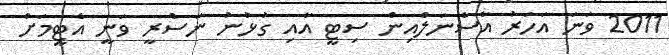
2011 ވަނަ އަހަރު އާސެނަލްއިން ސިޓީ އާއި ގުޅުނު ނަސްރީ ވަނީ އެޓީމަށް